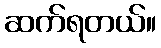
ဆက်ရတယ်။